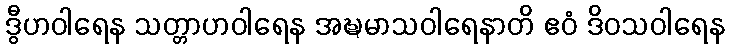
ဒွီဟဝါရေန သတ္တာဟဝါရေန အဍ္ဎမာသဝါရေနာတိ ဧဝံ ဒိဝသဝါရေန